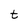
Character: t